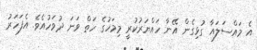
އެ މައްސަލައާ ގުޅިގެން އޭނާ ހައްޔަރުކުރީ މިމަހުގެ ހަތް ވަނަ ދުވަހުއެވެ. އެފަހަރު